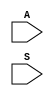

module incrementer3(A, S);
    input [2:0] A, S;

    wire [1:0] Cin;

    assign Cin[0] = A[0];
    assign Cin[1] = A[1] & Cin[0];

    assign S[0] = ~A[0];
    assign S[1] = A[1] ^ Cin[0];
    assign S[2] = A[2] ^ Cin[1];
endmodule